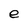
Character: e